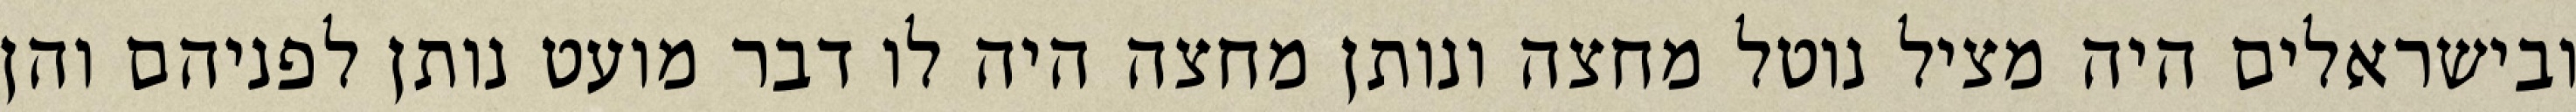
ובישראלים היה מציל נוטל מחצה ונותן מחצה היה לו דבר מועט נותן לפניהם והן